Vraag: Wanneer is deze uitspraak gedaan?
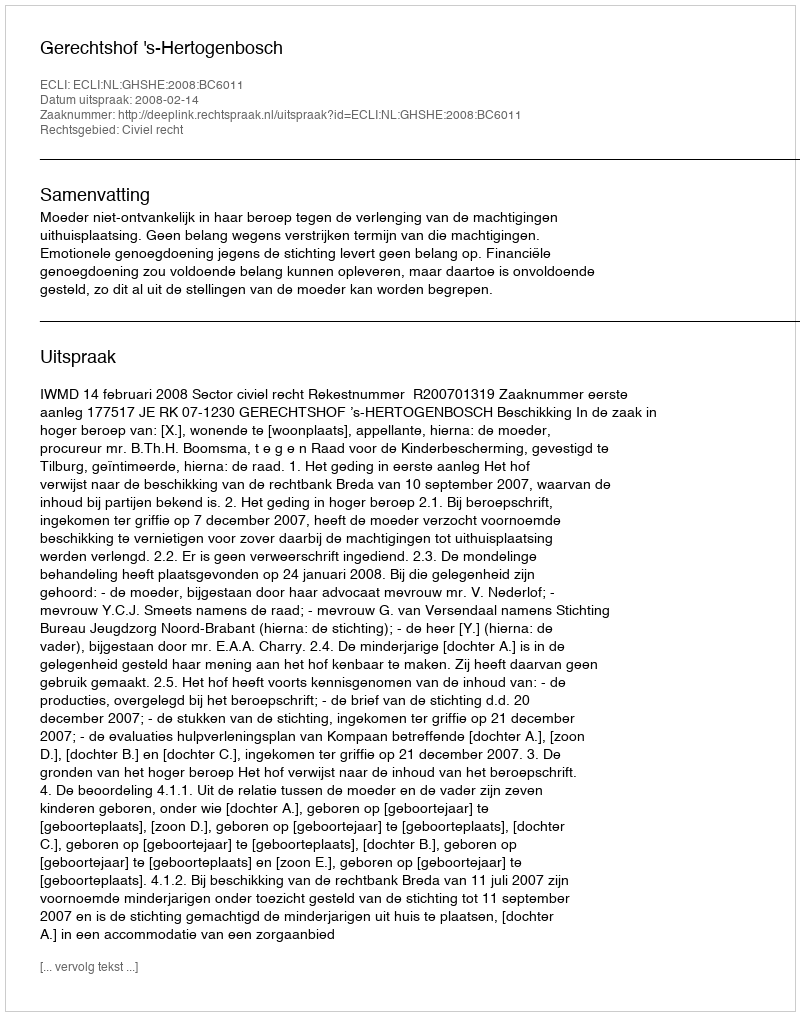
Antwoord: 2008-02-14